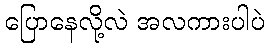
ပြောနေလို့လဲ အလကားပါပဲ